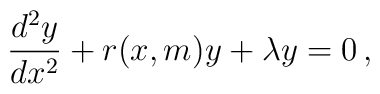
\frac{d^2 y}{dx^2}+r(x,m)y+\lambda y=0\,,